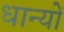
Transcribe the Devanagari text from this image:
धान्यों